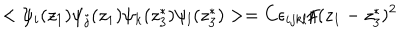
LaTeX: < \psi _ { i } ( z _ { 1 } ) \psi _ { j } ( z _ { 1 } ) \psi _ { k } ( z _ { 3 } ^ { * } ) \psi _ { l } ( z _ { 3 } ^ { * } ) > = C \epsilon _ { i j k l } / ( z _ { 1 } - z _ { 3 } ^ { * } ) ^ { 2 }